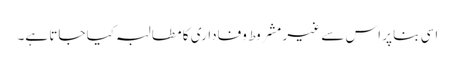
اسی بنا پر اس سے غیر مشروط وفاداری کا مطالبہ کیا جاتا ہے۔